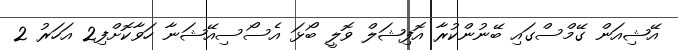
އޭޝިއަން ގޭމްސްގައި ބޭނުންކުރާ އޮފިޝަލް ވޮލީ ބޯޅަ އެސޯސިއޭޝަނާ ހަވާކޮށްފި2 އަހަރު 2